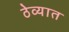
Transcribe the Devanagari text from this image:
ठेव्यात